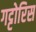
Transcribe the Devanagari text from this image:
गट्टोरिस